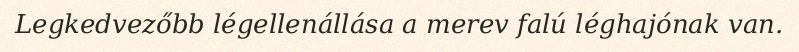
Legkedvezőbb légellenállása a merev falú léghajónak van.